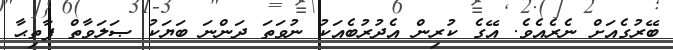
ބޭރުގެއަށް ނެރެއެވެ. އޭގެ ކުރިން އެދުރުބެއަކު ނުވަތަ ދަންނަ ބަޔަކު ޞަލަވާތް ފާތިޙާ